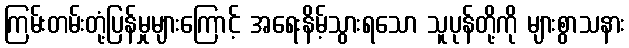
ကြမ်းတမ်းတုံ့ပြန်မှုများကြောင့် အရေးနိမ့်သွားရသော သူပုန်တို့ကို များစွာသနား